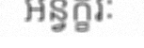
អន្វក្ខរៈ